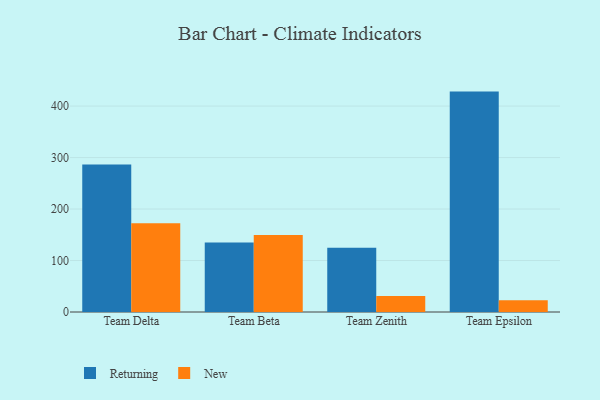
{"axis": {"x": "Team", "y": "Customer Acquisition Cost (USD)"}, "legend": ["New", "Returning"], "data": [{"x": "Team Delta", "y": 286.3, "type": "Returning"}, {"x": "Team Delta", "y": 172.2, "type": "New"}, {"x": "Team Beta", "y": 134.8, "type": "Returning"}, {"x": "Team Beta", "y": 149.8, "type": "New"}, {"x": "Team Zenith", "y": 124.8, "type": "Returning"}, {"x": "Team Zenith", "y": 31.2, "type": "New"}, {"x": "Team Epsilon", "y": 428.1, "type": "Returning"}, {"x": "Team Epsilon", "y": 22.9, "type": "New"}]}